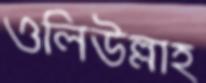
ওলিউল্লাহ